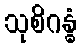
သုစိဂန္ဓံ